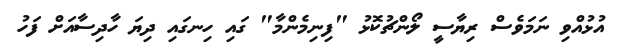
އުޅުއްވި ނަމަވެސް ރިޔާސީ ލޯންޗުކޮޅު "ފިނިމެންމާ" ގައި ހިނގައި ދިޔަ ހާދިސާއަށް ފަހު